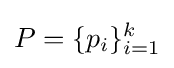
P=\{p_{i}\}_{i=1}^{k}